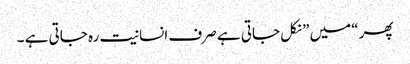
پھر “میں ” نکل جاتی ہے صرف انسانیت رہ جاتی ہے ۔